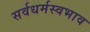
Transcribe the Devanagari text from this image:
सर्वधर्मस्वभाव